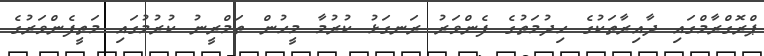
ޕްރޮގްރާމްގައި ދާއިރާތަކުގެ ހިދުމަތުގެ ފެންވަރު ރަނގަޅު ކުރުމާ މީހުން ތަމްރީނު ކުރުމުގައި މަތީފެންވަރުގެ